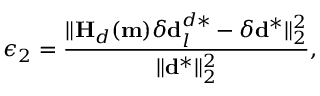
\epsilon _ { 2 } = \frac { \| \mathbf { H } _ { d } ( \mathbf { m } ) \delta \mathbf { d } _ { l } ^ { d * } - \delta \mathbf { d } ^ { * } \| _ { 2 } ^ { 2 } } { \| \mathbf { d } ^ { * } \| _ { 2 } ^ { 2 } } ,